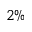
2 \%